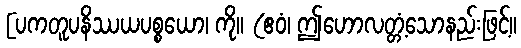
[ပကတူပနိဿယပစ္စယော၊ ကို။ (ဧဝံ၊ ဤဟောလတ္တံ့သောနည်းဖြင့်။